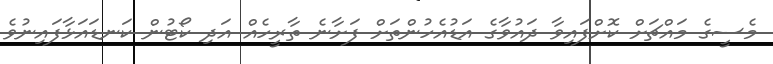
މެސީގެ މައްޗަށް ކޮށްފައިވާ ދައުވާގެ އަޑުއެހުންތަށް ފަށާނެ ތާރީހެއް އަދި ކޯޓުން ކަނޑައަޅާފައިނުވެ